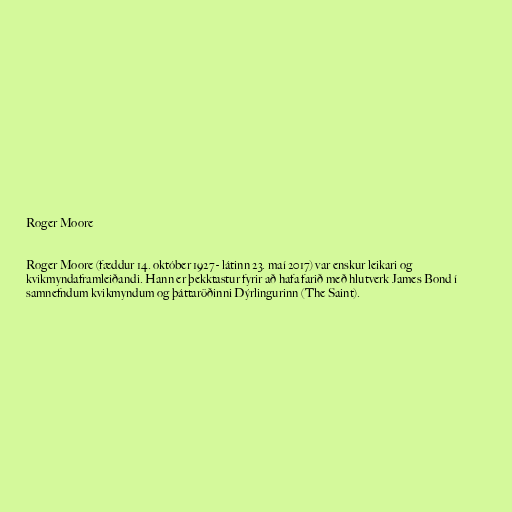
Roger Moore

Roger Moore (fæddur 14. október 1927 - látinn 23. maí 2017) var enskur leikari og
kvikmyndaframleiðandi. Hann er þekktastur fyrir að hafa farið með hlutverk James Bond í
samnefndum kvikmyndum og þáttaröðinni Dýrlingurinn (The Saint).